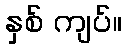
နှစ် ကျပ်။